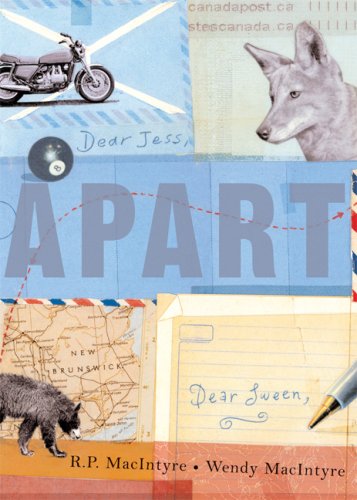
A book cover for Apart; R. P. MacIntyre; Teen & Young Adult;